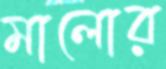
মালোর